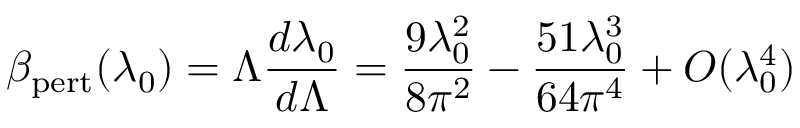
\beta _ { \mathrm { p e r t } } ( \lambda _ { 0 } ) = \Lambda { \frac { d \lambda _ { 0 } } { d \Lambda } } = { \frac { 9 \lambda _ { 0 } ^ { 2 } } { 8 \pi ^ { 2 } } } - { \frac { 5 1 \lambda _ { 0 } ^ { 3 } } { 6 4 \pi ^ { 4 } } } + O ( \lambda _ { 0 } ^ { 4 } )